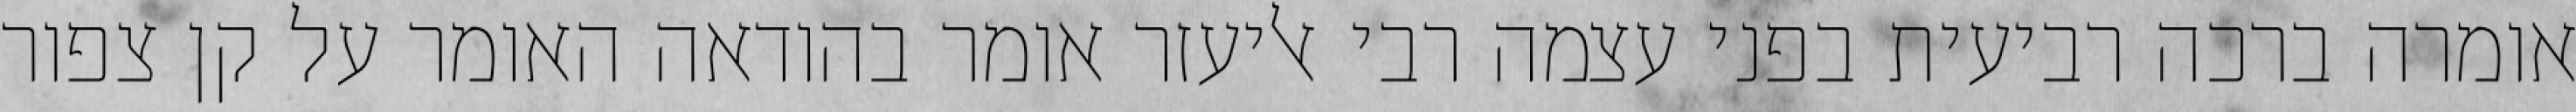
אומרה ברכה רביעית בפני עצמה רבי אליעזר אומר בהודאה האומר על קן צפור